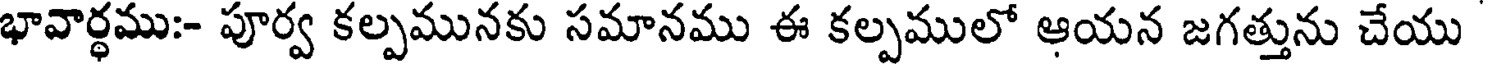
భావార్థము:- పూర్వ కల్పమునకు సమానము ఈ కల్పములో ఆయన జగత్తును చేయు